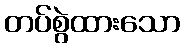
တပ်စွဲထားသော